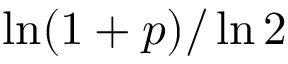
\ln ( 1 + p ) / \ln 2